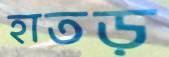
হাতড়